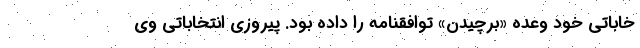
خاباتی خود وعده «برچیدن» توافقنامه را داده بود. پیروزی انتخاباتی وی